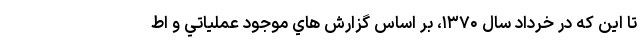
تا اين كه در خرداد سال ۱۳۷۰، بر اساس گزارش هاي موجود عملياتي و اط